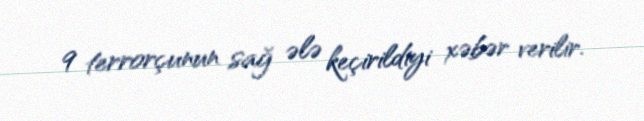
9 terrorçunun sağ ələ keçirildiyi xəbər verilir.